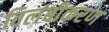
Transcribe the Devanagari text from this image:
विलंबीकरण